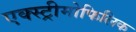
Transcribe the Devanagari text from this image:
एक्स्ट्रीमोफिलिक